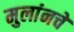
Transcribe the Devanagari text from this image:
मुलांनचे